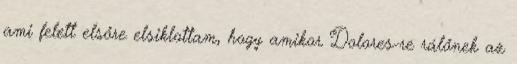
ami felett elsőre elsiklottam, hogy amikor Dolores-re rálőnek az